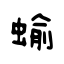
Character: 蝓